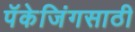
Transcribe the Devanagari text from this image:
पॅकेजिंगसाठी